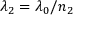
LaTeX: \, \lambda _ { 2 } = \lambda _ { 0 } / n _ { 2 }